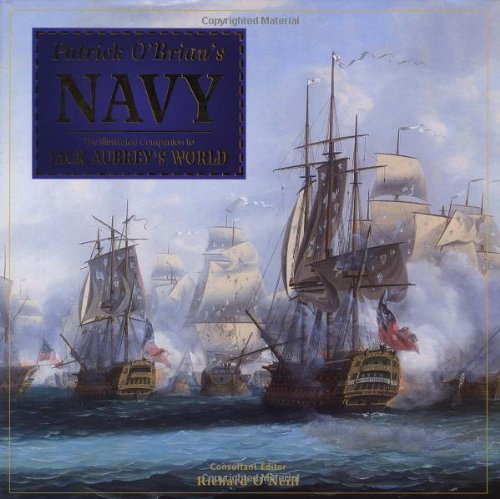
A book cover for Patrick O'Brian's Navy: The Illustrated Companion to Jack Aubrey's World; Richard O'Neill; Engineering & Transportation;